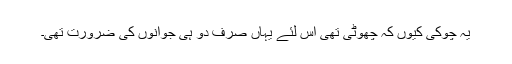
یہ چوکی کیوں کہ چھوٹی تھی اس لئے یہاں صرف دو ہی جوانوں کی ضرورت تھی۔